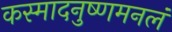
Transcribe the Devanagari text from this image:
कस्मादनुष्णमनलं